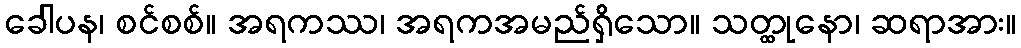
ခေါပန၊ စင်စစ်။ အရကဿ၊ အရကအမည်ရှိသော။ သတ္ထုနော၊ ဆရာအား။